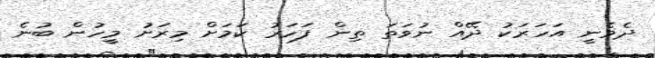
ދެވެނީ އަހަރަކު ދޭއް ނުވަތަ ތިން ފަހަރު ކަމަށް މިރަށު މީހުން ބުނެ